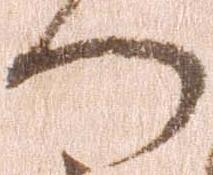
門